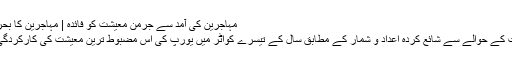
مہاجرین کی آمد سے جرمن معیشت کو فائدہ | مہاجرین کا بحران | DW | 29.11.2015
حال ہی میں جرمن اقتصادیات کے حوالے سے شائع کردہ اعداد و شمار کے مطابق سال کے تیسرے کواٹر میں یورپ کی اس مضبوط ترین معیشت کی کارکردگی میں بہتری دیکھی گئی ہے۔